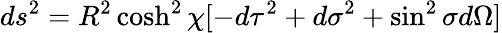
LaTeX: ds^{2}=R^{2}\cosh^{2}\chi[-d\tau^{2}+d\sigma^{2}+\sin^{2}\sigma d\Omega]